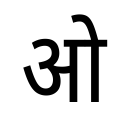
OCR:
ओ